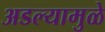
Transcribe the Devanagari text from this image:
अडल्यामुळे